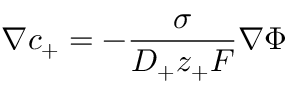
\nabla c _ { + } = - \frac { \sigma } { D _ { + } z _ { + } F } \nabla \Phi